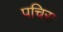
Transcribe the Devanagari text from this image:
पचिरा